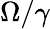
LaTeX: \Omega/\gamma